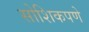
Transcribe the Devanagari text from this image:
सोशिकपणे